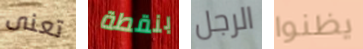
تعنى بنقطة الرجل يظنوا